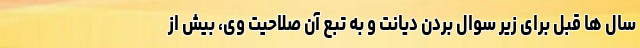
سال ها قبل برای زیر سوال بردن دیانت و به تبع آن صلاحیت وی، بیش از